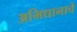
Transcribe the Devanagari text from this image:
अभिधानाचे